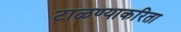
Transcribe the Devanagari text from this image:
टाळण्याकरिता